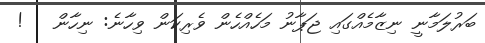
ބަރުލަމާނީ ނިޒާމެއްގައި ޖަޕާނު މަހެއްހެން ވެރިކަން ވިހާނެ: ނިހާން   !